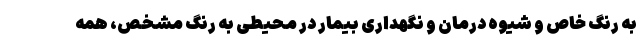
به رنگ خاص و شیوه درمان و نگهداری بیمار در محیطی به رنگ مشخص، همه